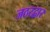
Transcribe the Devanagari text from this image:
जठरद्वार